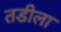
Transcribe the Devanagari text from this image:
तडीला